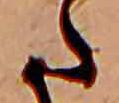
た